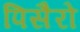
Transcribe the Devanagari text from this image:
पिसैरो